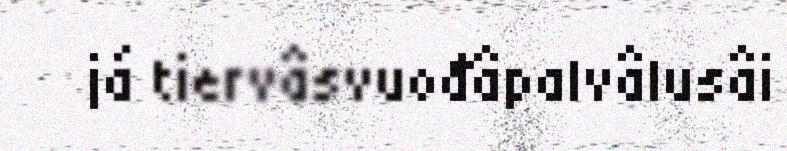
já tiervâsvuođâpalvâlusâi